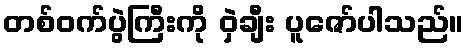
တစ်ဝက်ပွဲကြီးကို ဝှဲချီး ပူဇော်ပါသည်။